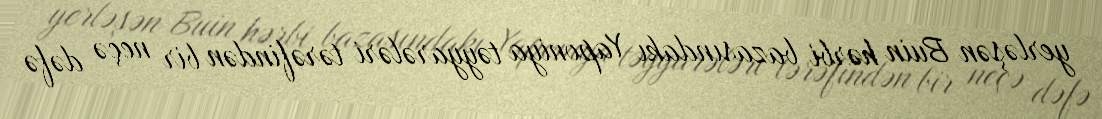
yerləşən Buin hərbi bazasındakı Yaponiya təyyarələri tərəfindən bir neçə dəfə